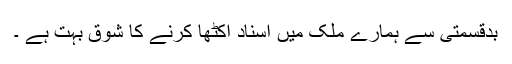
بدقسمتی سے ہمارے ملک میں اسناد اکٹھا کرنے کا شوق بہت ہے ۔